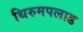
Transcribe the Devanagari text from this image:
थिरुमपलाड